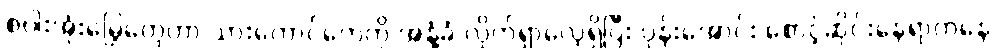
စပါးအုံးမြွေတွေဟာ သားကောင်တွေကို အနံ့ခံ လိုက်ရှာလေ့ရှိပြီး ပုန်းအောင်း စောင့်ဆိုင်းနေရာကနေ